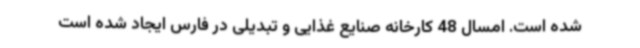
شده است. امسال 48 کارخانه صنایع غذایی و تبدیلی در فارس ایجاد شده است